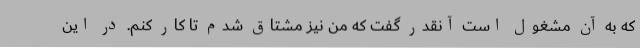
که به آن مشغول است آنقدر گفت که من نیز مشتاق شدم تا کار کنم. در این